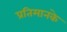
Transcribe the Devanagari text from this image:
प्रतिमानके